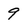
Character: 9